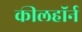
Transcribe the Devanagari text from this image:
कीलहॉर्न